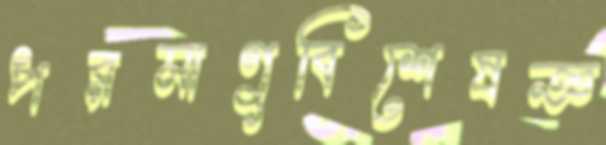
পরমাণুবিশেষজ্ঞ